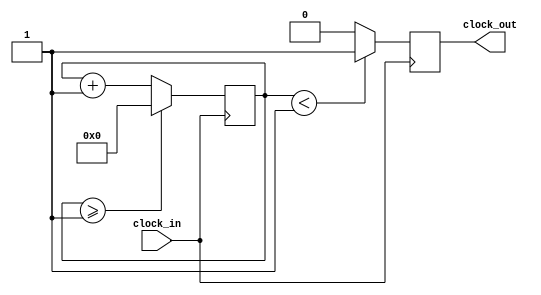
module pes_clk_divider(clock_in,clock_out
    );
input clock_in; // input clock on FPGA
output reg clock_out; // output clock after dividing the input clock by divisor
reg[27:0] counter=28'd0;
parameter DIVISOR = 28'd2;
// The frequency of the output clk_out
//  = The frequency of the input clk_in divided by DIVISOR
// For example: Fclk_in = 50Mhz, if you want to get 1Hz signal to blink LEDs
// You will modify the DIVISOR parameter value to 28'd50.000.000
// Then the frequency of the output clk_out = 50Mhz/50.000.000 = 1Hz
always @(posedge clock_in)
begin
 counter <= counter + 28'd1;
 if(counter>=(DIVISOR-1))
  counter <= 28'd0;
 clock_out <= (counter<DIVISOR/2)?1'b1:1'b0;
end
endmodule